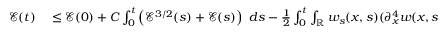
\begin{array} { r l } { \mathcal { E } ( t ) } & { { } \leq \mathcal { E } ( 0 ) + C \int _ { 0 } ^ { t } \left( \mathcal { E } ^ { 3 / 2 } ( s ) + \mathcal { E } ( s ) \right) \ d s - \frac { 1 } { 2 } \int _ { 0 } ^ { t } \int _ { \mathbb R } w _ { s } ( x , s ) ( \partial _ { x } ^ { 4 } w ( x , s ) ) ^ { 2 } \ d x d s } \end{array}